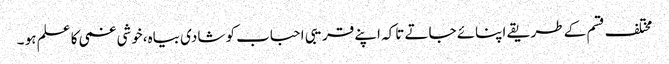
مختلف قسم کے طریقے اپنائے جاتے تاکہ اپنے قریبی احباب کو شادی بیاہ،خوشی غمی کا علم ہو ۔